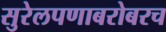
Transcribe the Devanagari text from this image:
सुरेलपणाबरोबरच